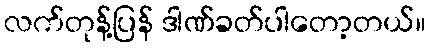
လက်တုန့်ပြန် ဒါဏ်ခတ်ပါတော့တယ်။